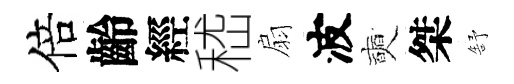
倍齡經嵇扇波奭桀舒